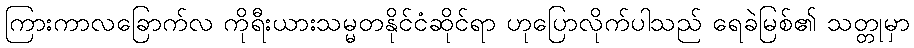
ကြားကာလခြောက်လ ကိုရီးယားသမ္မတနိုင်ငံဆိုင်ရာ ဟုပြောလိုက်ပါသည် ရေခဲမြစ်၏ သတ္တုမှာ